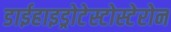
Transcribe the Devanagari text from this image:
डाईहाइड्रोटेस्टोस्टेरोन